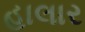
હાલાર